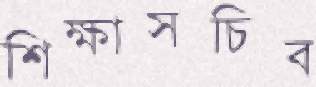
শিক্ষাসচিব